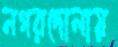
নগরদোলায়